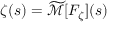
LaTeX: \zeta ( s ) = { \widetilde { \mathcal { M } } } [ F _ { \zeta } ] ( s )